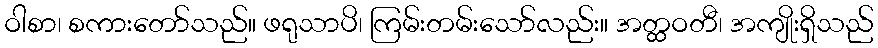
ဝါစာ၊ စကားတော်သည်။ ဖရုသာပိ၊ ကြမ်းတမ်းသော်လည်း။ အတ္ထဝတီ၊ အကျိုးရှိသည်